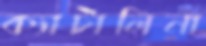
ক্যাটালিনা